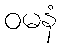
ဝမနံ